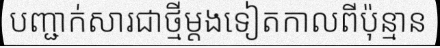
បញ្ជាក់សារជាថ្មីម្តងទៀតកាលពីប៉ុន្មាន